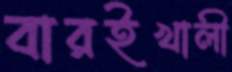
বারইখালী